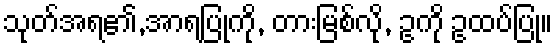
သုတ်အရ၏,အာရပြုကို, တားမြစ်လို, ဥကို ဥထပ်ပြု။